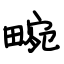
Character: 畹